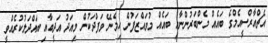
އެޗްއާރްސީއެމްގެ ބައެއް މެންބަރުންނާއި ބައެއް މުވައްޒަފުން ހިމެނޭ ވަފްދަކުން މިއަދު އަދީބާއި ބައްދަލުކުރެއްވީ